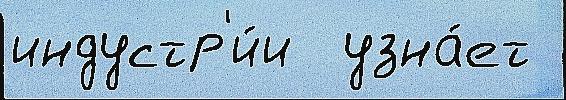
индустр'и́и  узна́ет